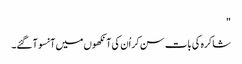
"
شاکرہ کی بات سن کر اُن کی آنکھوں میں آنسو آ گئے۔